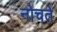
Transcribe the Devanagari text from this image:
नोचते